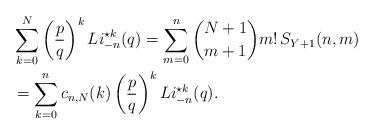
LaTeX: \begin{align*} &\sum_{k=0}^N \left ( \dfrac{p}{q}\right )^k Li_{-n}^{\star k}(q)=\sum_{m=0}^n \binom{N+1}{m+1}m!\, S_{Y+1}(n,m)\\ &=\sum_{k=0}^n c_{n,N}(k) \left ( \dfrac{p}{q}\right )^k Li_{-n}^{\star k}(q).\end{align*}